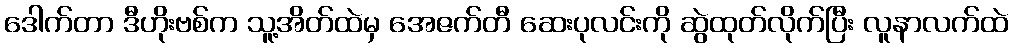
ဒေါက်တာ ဒီဟိုးဗစ်က သူ့အိတ်ထဲမှ အေဇက်တီ ဆေးပုလင်းကို ဆွဲထုတ်လိုက်ပြီး လူနာလက်ထဲ